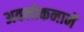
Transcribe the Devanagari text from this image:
अवलोकनानें